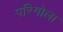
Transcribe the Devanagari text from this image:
परिगोला